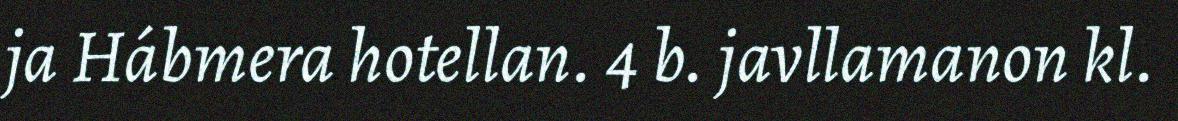
ja Hábmera hotellan. 4 b. javllamanon kl.